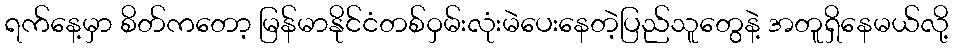
ရက်နေ့မှာ စိတ်ကတော့ မြန်မာနိုင်ငံတစ်ဝှမ်းလုံးမဲပေးနေတဲ့ပြည်သူတွေနဲ့ အတူရှိနေမယ်လို့